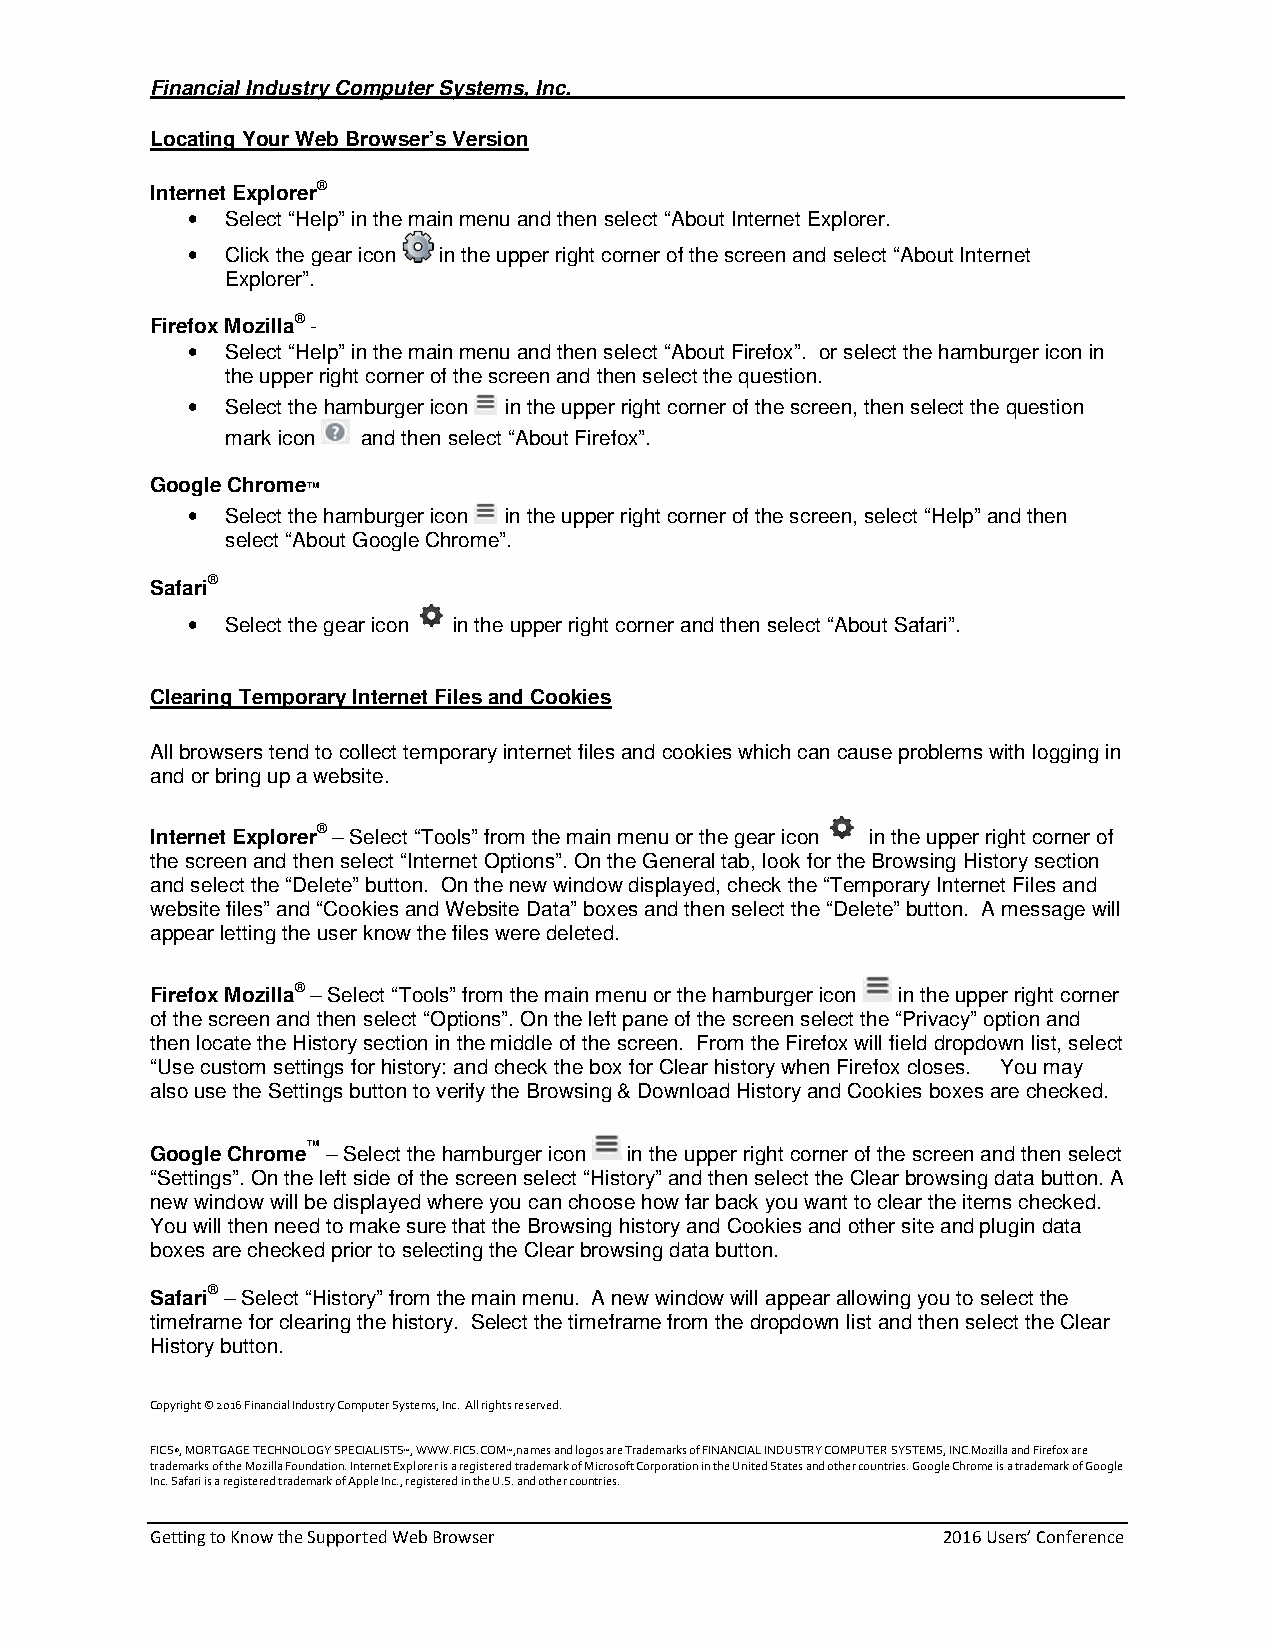
Financial Industry Computer Systems, Inc.
 Locating Your Web Browser’s Version
 Internet Explorer®
 •  Select “Help” in the main menu and then select “About Internet Explorer.
 •  Click the gear icon in the upper right corner of the screen and select “About Internet
 Explorer”.
 Firefox Mozilla® -
 •  Select “Help” in the main menu and then select “About Firefox”. or select the hamburger icon in
 the upper right corner of the screen and then select the question.
 •  Select the hamburger icon in the upper right corner of the screen, then select the question
 mark icon and then select “About Firefox”.
 Google Chrome™
 •  Select the hamburger icon in the upper right corner of the screen, select “Help” and then
 select “About Google Chrome”.
 Safari®
 •  Select the gear icon in the upper right corner and then select “About Safari”.
 Clearing Temporary Internet Files and Cookies
 All browsers tend to collect temporary internet files and cookies which can cause problems with logging in
 and or bring up a website.
 Internet Explorer® – Select “Tools” from the main menu or the gear icon in the upper right corner of
 the screen and then select “Internet Options”. On the General tab, look for the Browsing History section
 and select the “Delete” button. On the new window displayed, check the “Temporary Internet Files and
 website files” and “Cookies and Website Data” boxes and then select the “Delete” button. A message will
 appear letting the user know the files were deleted.
 Firefox Mozilla® – Select “Tools” from the main menu or the hamburger icon in the upper right corner
 of the screen and then select “Options”. On the left pane of the screen select the “Privacy” option and
 then locate the History section in the middle of the screen. From the Firefox will field dropdown list, select
 “Use custom settings for history: and check the box for Clear history when Firefox closes. You may
 also use the Settings button to verify the Browsing & Download History and Cookies boxes are checked.
 Google Chrome™ – Select the hamburger icon in the upper right corner of the screen and then select
 “Settings”. On the left side of the screen select “History” and then select the Clear browsing data button. A
 new window will be displayed where you can choose how far back you want to clear the items checked.
 You will then need to make sure that the Browsing history and Cookies and other site and plugin data
 boxes are checked prior to selecting the Clear browsing data button.
 Safari® – Select “History” from the main menu. A new window will appear allowing you to select the
 timeframe for clearing the history. Select the timeframe from the dropdown list and then select the Clear
 History button.
 Copyright © 2016 Financial Industry Computer Systems, Inc. All rights reserved.
 FICS®, MORTGAGE TECHNOLOGY SPECIALISTS™, WWW.FICS.COM™,names and logos are Trademarks of FINANCIAL INDUSTRY COMPUTER SYSTEMS, INC.Mozilla and Firefox are
 trademarks of the Mozilla Foundation. Internet Explorer is a registered trademark of Microsoft Corporation in the United States and other countries. Google Chrome is a trademark of Google
 Inc. Safari is a registered trademark of Apple Inc., registered in the U.S. and other countries.
 Getting to Know the Supported Web Browser           2016 Users’ Conference